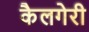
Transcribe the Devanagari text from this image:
कैलगेरी